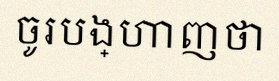
ចូរបង្ហាញថា